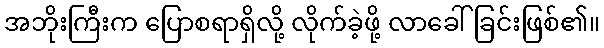
အဘိုးကြီးက ပြောစရာရှိလို့ လိုက်ခဲ့ဖို့ လာခေါ်ခြင်းဖြစ်၏။